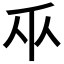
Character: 𫡑